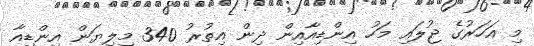
މި އަހަރުގެ ޖުލައި މަހު އިންޑިއާއިން ދިން އިތުރު 340 މިލިޔަން އިންޑިއާ